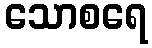
သောစရေ